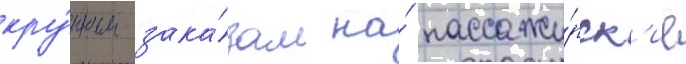
кру́пным зака́зам на́ пассажи́рск'ие